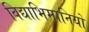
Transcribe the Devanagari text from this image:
विद्याभिमानियों